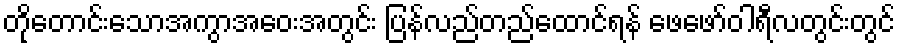
တိုတောင်းသောအကွာအဝေးအတွင်း ပြန်လည်တည်ထောင်ရန် ဖေဖော်ဝါရီလတွင်းတွင်